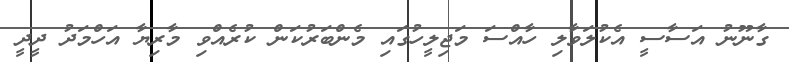
ގާނޫނު އަސާސީ އެކުލަވާލި ހާއްސަ މަޖިލީހުގައި މެންބަރުކަން ކުރެއްވި މާރިޔާ އަހްމަދު ދީދީ